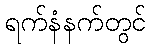
ရက်နံနက်တွင်